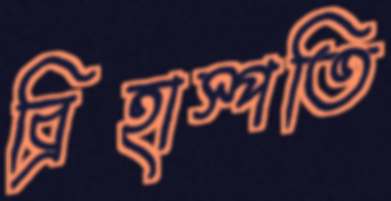
ব্রিহাস্পতি